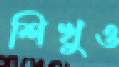
শিখুও